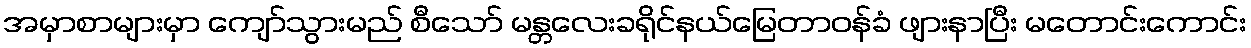
အမှာစာများမှာ ကျော်သွားမည် စီသော် မန္တလေးခရိုင်နယ်မြေတာဝန်ခံ ဖျားနာပြီး မတောင်းကောင်း